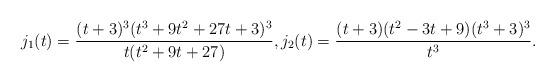
LaTeX: \begin{align*}j_1(t)=\frac{(t+3)^3(t^3+9t^2+27t+3)^3}{t(t^2+9t+27)},j_2(t)=\frac{(t+3)(t^2-3t+9)(t^3+3)^3}{t^3}.\end{align*}